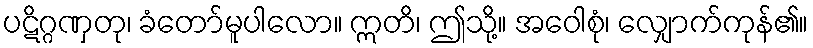
ပဋိဂ္ဂဏှတု၊ ခံတော်မူပါလော။ ဣတိ၊ ဤသို့။ အဝေါစုံ၊ လျှောက်ကုန်၏။